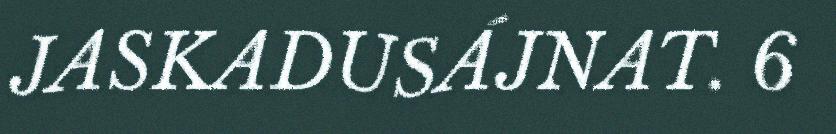
JASKADUSÁJNAT. 6